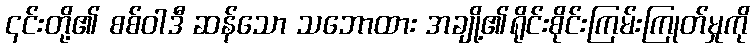
၎င်းတို့၏ စစ်ဝါဒီ ဆန်သော သဘောထား အချို့၏ရိုင်းစိုင်းကြမ်းကြုတ်မှုကို